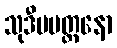
သုဒီပမတ္တနော